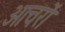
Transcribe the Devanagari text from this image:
आचरों